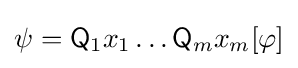
\psi ={\mathsf {Q}}_{1}x_{1}\dots {\mathsf {Q}}_{m}x_{m}[\varphi ]